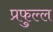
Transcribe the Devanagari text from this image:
प्रफुल्‍ल